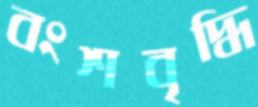
বংশবৃদ্ধি